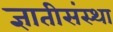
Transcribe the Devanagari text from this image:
ज्ञातीसंस्था